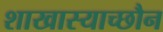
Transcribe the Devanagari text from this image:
शाखास्याच्छौन